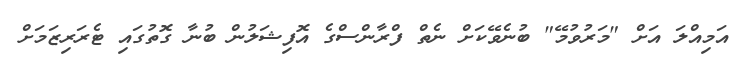
އަމިއްލަ އަށް "މަރުވުމޭ" ބުނެވޭކަށް ނެތް ފްރާންސްގެ އޮފިޝަލުން ބުނާ ގޮތުގައި ޓެރަރިޒަމަށް